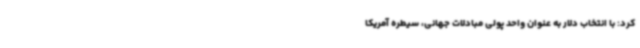
کرد: با انتخاب دلار به عنوان واحد پولی مبادلات جهانی، سیطره آمریکا